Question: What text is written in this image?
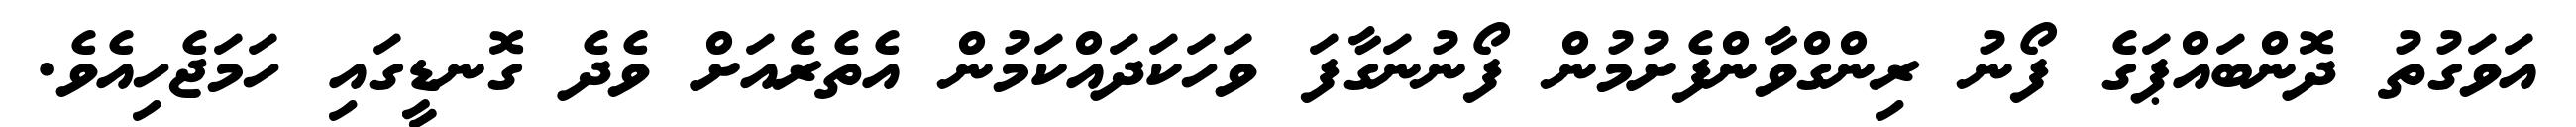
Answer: އަވަގުތު ދޮންބައްޕަގެ ފޯނު ރިންގްވާންފެށުމުން ފޯނުނަގާފަ ވަހަކަދައްކަމުން އެތެރެއަށް ވެދެ ގޮނޑީގައި ހަމަޖެހިއެވެ.